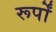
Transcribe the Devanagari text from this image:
रूर्पों